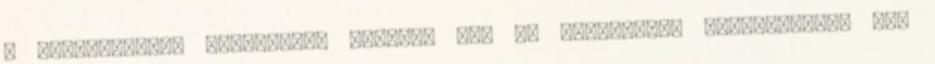
a kollaboráns, tanulatlan hűbéres is, az udvarhelyi polgármester aki